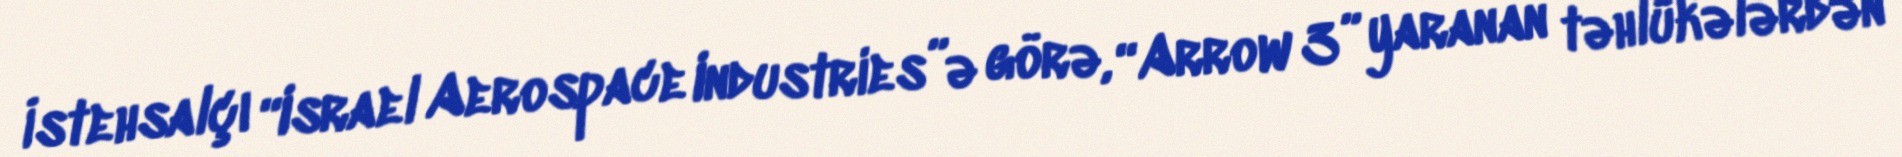
İstehsalçı “Israel Aerospace Industries”ə görə, “Arrow 3” yaranan təhlükələrdən